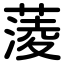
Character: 蔆